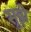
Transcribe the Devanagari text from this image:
सूझे